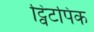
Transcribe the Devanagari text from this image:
ट्विटपिक